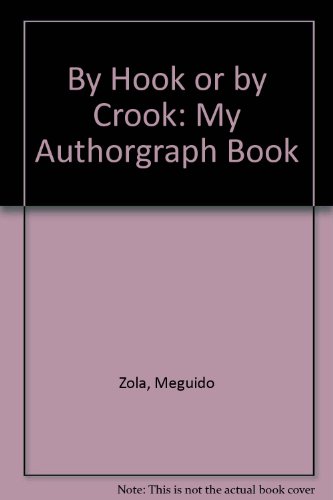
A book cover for By Hook or by Crook: My Authorgraph Book; Meguido Zola; Crafts, Hobbies & Home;